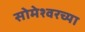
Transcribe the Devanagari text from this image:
सोमेश्वरच्या